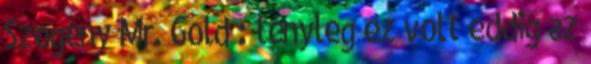
Szegény Mr. Gold : tényleg ez volt eddig az